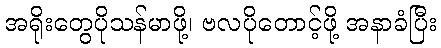
အရိုးတွေပိုသန်မာဖို့၊ ဗလပိုတောင့်ဖို့ အနာခံပြီး